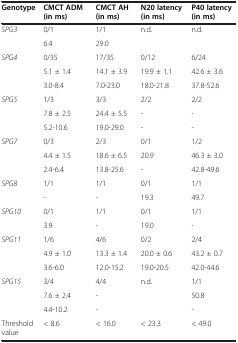
<table><thead><tr><td><b>Genotype</b></td><td><b>CMCT ADM (in ms)</b></td><td><b>CMCT AH (in ms)</b></td><td><b>N20 latency (in ms)</b></td><td><b>P40 latency (in ms)</b></td></tr></thead><tbody><tr><td rowspan="2"><i>SPG3</i></td><td>0/1</td><td>1/1</td><td>n.d.</td><td>n.d.</td></tr><tr><td>6.4</td><td>29.0</td><td> </td><td> </td></tr><tr><td rowspan="3"><i>SPG4</i></td><td>0/35</td><td>17/35</td><td>0/12</td><td>6/24</td></tr><tr><td>5.1 ± 1.4</td><td>14.1 ± 3.9</td><td>19.9 ± 1.1</td><td>42.6 ± 3.6</td></tr><tr><td>3.0-8.4</td><td>7.0-23.0</td><td>18.0-21.8</td><td>37.8-52.6</td></tr><tr><td rowspan="3"><i>SPG5</i></td><td>1/3</td><td>3/3</td><td>2/2</td><td>2/2</td></tr><tr><td>7.8 ± 2.5</td><td>24.4 ± 5.5</td><td>-</td><td>-</td></tr><tr><td>5.2-10.6</td><td>19.0-29.0</td><td>-</td><td>-</td></tr><tr><td rowspan="3"><i>SPG7</i></td><td>0/3</td><td>2/3</td><td>0/1</td><td>1/2</td></tr><tr><td>4.4 ± 1.5</td><td>18.6 ± 6.5</td><td>20.9</td><td>46.3 ± 3.0</td></tr><tr><td>2.4-6.4</td><td>13.8-25.6</td><td>-</td><td>42.8-49.6</td></tr><tr><td rowspan="2"><i>SPG8</i></td><td>1/1</td><td>1/1</td><td>0/1</td><td>1/1</td></tr><tr><td>-</td><td>-</td><td>19.3</td><td>49.7</td></tr><tr><td rowspan="2"><i>SPG10</i></td><td>0/1</td><td>1/1</td><td>0/1</td><td>1/1</td></tr><tr><td>3.9</td><td>-</td><td>19.0</td><td>-</td></tr><tr><td rowspan="3"><i>SPG11</i></td><td>1/6</td><td>4/6</td><td>0/2</td><td>2/4</td></tr><tr><td>4.9 ± 1.0</td><td>13.3 ± 1.4</td><td>20.0 ± 0.6</td><td>43.2 ± 0.7</td></tr><tr><td>3.6-6.0</td><td>12.0-15.2</td><td>19.0-20.5</td><td>42.0-44.6</td></tr><tr><td rowspan="3"><i>SPG15</i></td><td>3/4</td><td>4/4</td><td>n.d.</td><td>1/1</td></tr><tr><td>7.6 ± 2.4</td><td>-</td><td> </td><td>50.8</td></tr><tr><td>4.4-10.2</td><td>-</td><td> </td><td>-</td></tr><tr><td>Threshold value</td><td>&lt; 8.6</td><td>&lt; 16.0</td><td>&lt; 23.3</td><td>&lt; 49.0</td></tr></tbody></table>